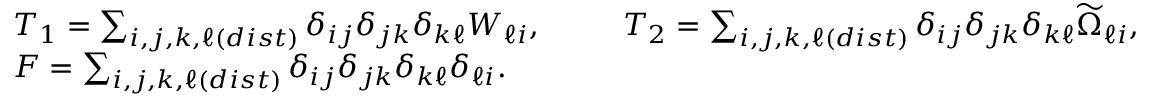
\begin{array} { r l } & { T _ { 1 } = \sum _ { i , j , k , \ell ( d i s t ) } \delta _ { i j } \delta _ { j k } \delta _ { k \ell } W _ { \ell i } , \qquad \; \; T _ { 2 } = \sum _ { i , j , k , \ell ( d i s t ) } \delta _ { i j } \delta _ { j k } \delta _ { k \ell } \widetilde { \Omega } _ { \ell i } , } \\ & { F = \sum _ { i , j , k , \ell ( d i s t ) } \delta _ { i j } \delta _ { j k } \delta _ { k \ell } \delta _ { \ell i } . } \end{array}